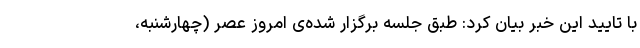
با تایید این خبر بیان کرد: طبق جلسه برگزار شده‌ی امروز عصر (چهارشنبه،